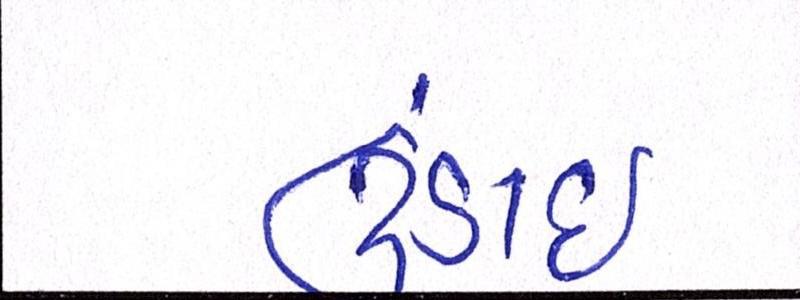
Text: ઉંડાઈ